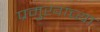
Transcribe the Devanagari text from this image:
प्रमुखांच्या